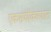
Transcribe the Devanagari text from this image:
एकसंघीकरणात